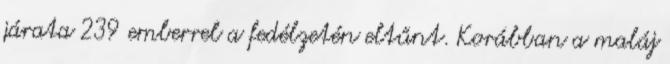
járata 239 emberrel a fedélzetén eltűnt. Korábban a maláj